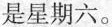
是星期六。